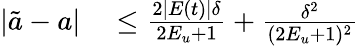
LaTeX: \begin{array}{rl}{|\tilde{a}-a|}&{{}\leq\frac{2|E(t)|\delta}{2E_{u}+1}+\frac{\delta^{2}}{(2E_{u}+1)^{2}}}\end{array}